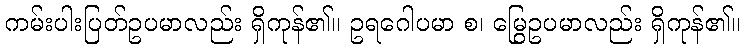
ကမ်းပါးပြတ်ဥပမာလည်း ရှိကုန်၏။ ဥရဂေါပမာ စ၊ မြွေဥပမာလည်း ရှိကုန်၏။